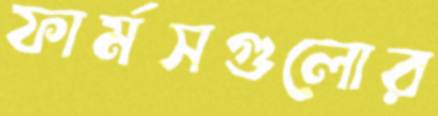
ফার্মসগুলোর